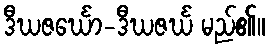
ဒီဃဇင်္ဃော-ဒီဃဇင်္ဃ မည်၏။